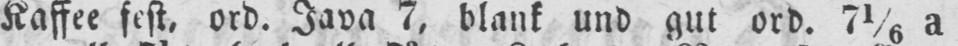
Kaffee fest, ord. Java 7, blank und gut ord. 71/6 a